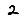
Digit: 2